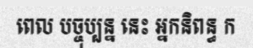
ពេល បច្ចុប្បន្ន នេះ អ្នកនិពន្ធ ក